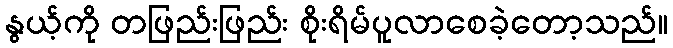
နွယ့်ကို တဖြည်းဖြည်း စိုးရိမ်ပူလာစေခဲ့တော့သည်။